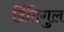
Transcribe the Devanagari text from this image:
दिंदिगुल